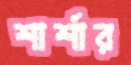
শার্শার